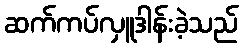
ဆက်ကပ်လှူဒါန်းခဲ့သည်